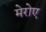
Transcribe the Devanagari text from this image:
मेरोए